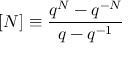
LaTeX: [ N ] \equiv \frac { q ^ { N } - q ^ { - N } } { q - q ^ { - 1 } }